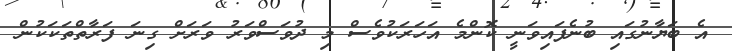
އެ ބަޔާނުގައި ބުނެފައިވަނީ ކޮންމެ އަހަރަކުވެސް މި ދުވަސްވަރު ވަރަށް ގިނަ ފަރާތްތަކަކުން